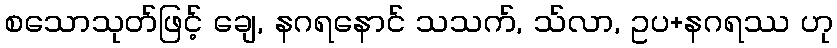
စသောသုတ်ဖြင့် ချေ, နဂရနောင် သသက်, သ်လာ, ဥပ+နဂရဿ ဟု